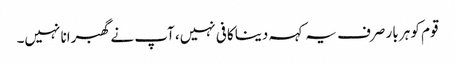
قوم کو ہر بار صرف یہ کہہ دینا کافی نہیں، آپ نے گھبرانا نہیں۔